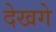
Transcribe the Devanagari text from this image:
देखगे